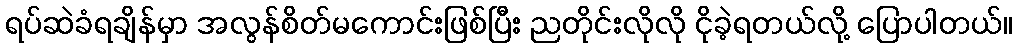
ရပ်ဆဲခံရချိန်မှာ အလွန်စိတ်မကောင်းဖြစ်ပြီး ညတိုင်းလိုလို ငိုခဲ့ရတယ်လို့ ပြောပါတယ်။